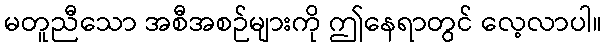
မတူညီသော အစီအစဉ်များကို ဤနေရာတွင် လေ့လာပါ။